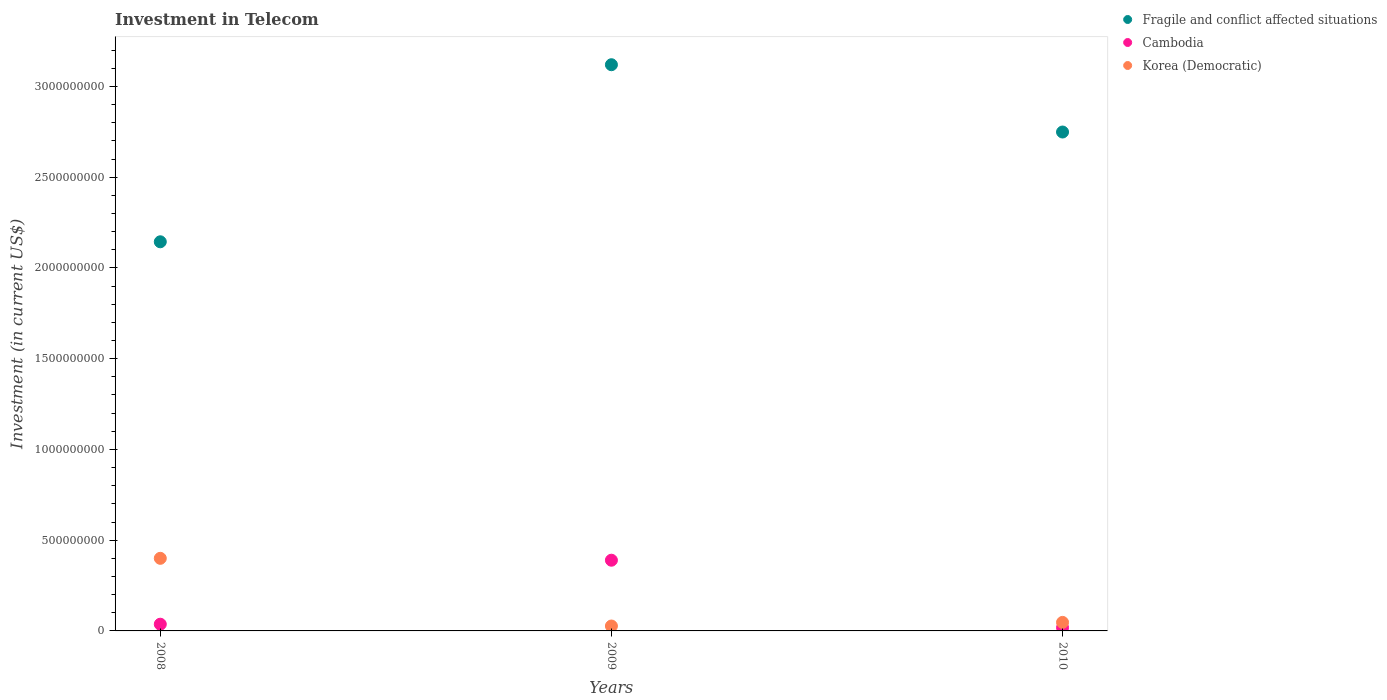
| Years | Fragile and conflict affected situations | Cambodia | Korea (Democratic) |
 | --- | --- | --- | --- |
 | 2008 | 2.14e+09 | 3.7e+07 | 4e+08 |
 | 2009 | 3.12e+09 | 3.9e+08 | 2.7e+07 |
 | 2010 | 2.75e+09 | 1.82e+07 | 4.7e+07 |